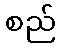
စည်